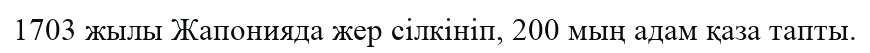
1703 жылы Жапонияда жер сілкініп, 200 мың адам қаза тапты.